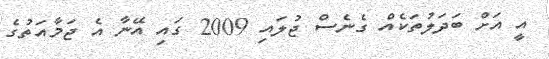
އީ އަށް ބަދަލުތަކެއް ގެނެސް ޖުލައި 2009 ގައި އޭނާ އެ ޖަމާއަތުގެ